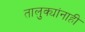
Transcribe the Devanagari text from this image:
तालुक्यांनाही